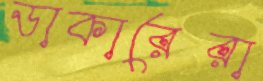
ডাকারেরা